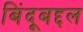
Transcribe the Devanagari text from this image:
बिंदूबद्दल